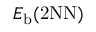
E _ { \mathrm { b } } ( \mathrm { { 2 N N } ) }